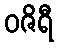
ဝဇိရီ